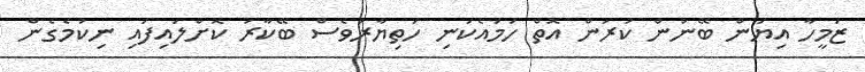
ޒަމީހާ އިޔަން ބޭނުން ކުރަން އޮތް ހަމައެކަނި ހަތިޔާރުވެސް ބޭކާރު ކޮށްލައިފައި ނިކުމެގެން